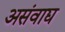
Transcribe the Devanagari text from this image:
असंवाद्य